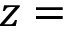
z =